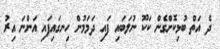
ދެ އަތް ބުޅިކޮށްގެން ކަކޫ ނުލަބައި ފައި ދަމަމުން ހިނގައިފައި އަންނަ އިރު